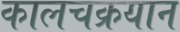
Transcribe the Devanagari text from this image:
कालचक्रयान